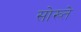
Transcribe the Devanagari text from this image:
सोख्ते